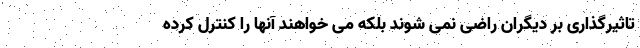
تاثیرگذاری بر دیگران راضی نمی شوند بلکه می خواهند آنها را کنترل کرده